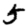
Digit: 5